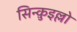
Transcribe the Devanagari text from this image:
सिन्क़ुइल्लो